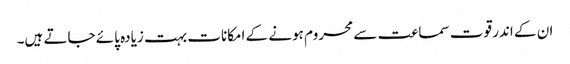
ان کے اندر قوت سماعت سے محروم ہونے کے امکانات بہت زیادہ پائے جاتے ہیں۔